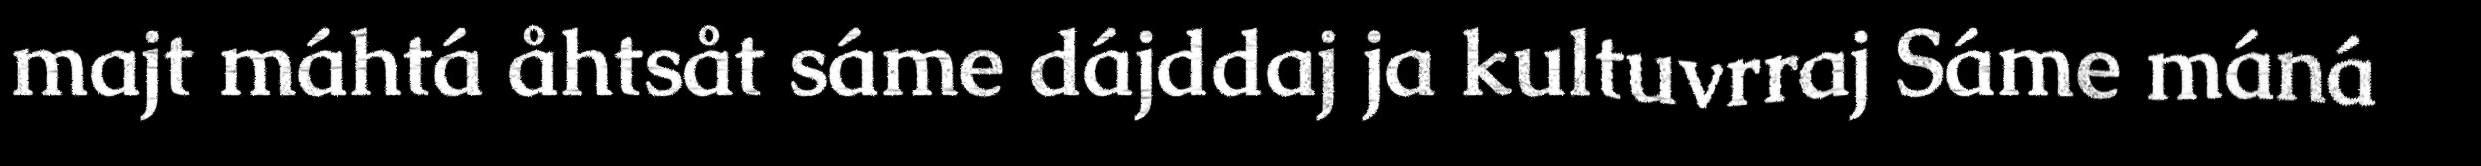
majt máhtá åhtsåt sáme dájddaj ja kultuvrraj Sáme máná